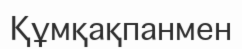
Құмқақпанмен